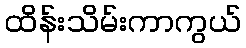
ထိန်းသိမ်းကာကွယ်